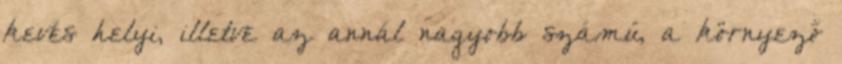
kevés helyi, illetve az annál nagyobb számú, a környező